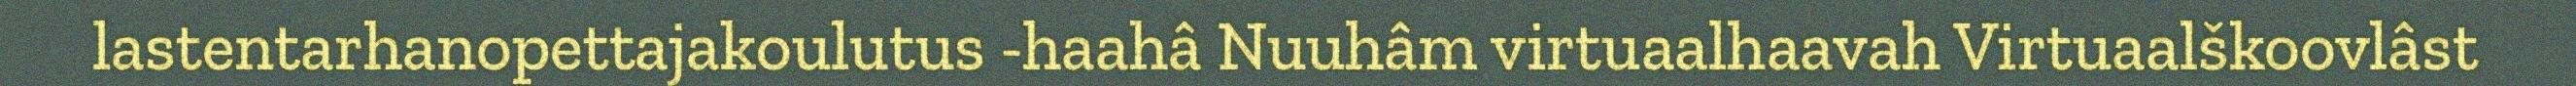
lastentarhanopettajakoulutus -haahâ Nuuhâm virtuaalhaavah Virtuaalškoovlâst